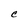
Character: C